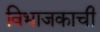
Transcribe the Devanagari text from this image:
विभाजकाची